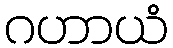
ဂဟာယံ